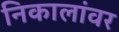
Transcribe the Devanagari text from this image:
निकालांवर